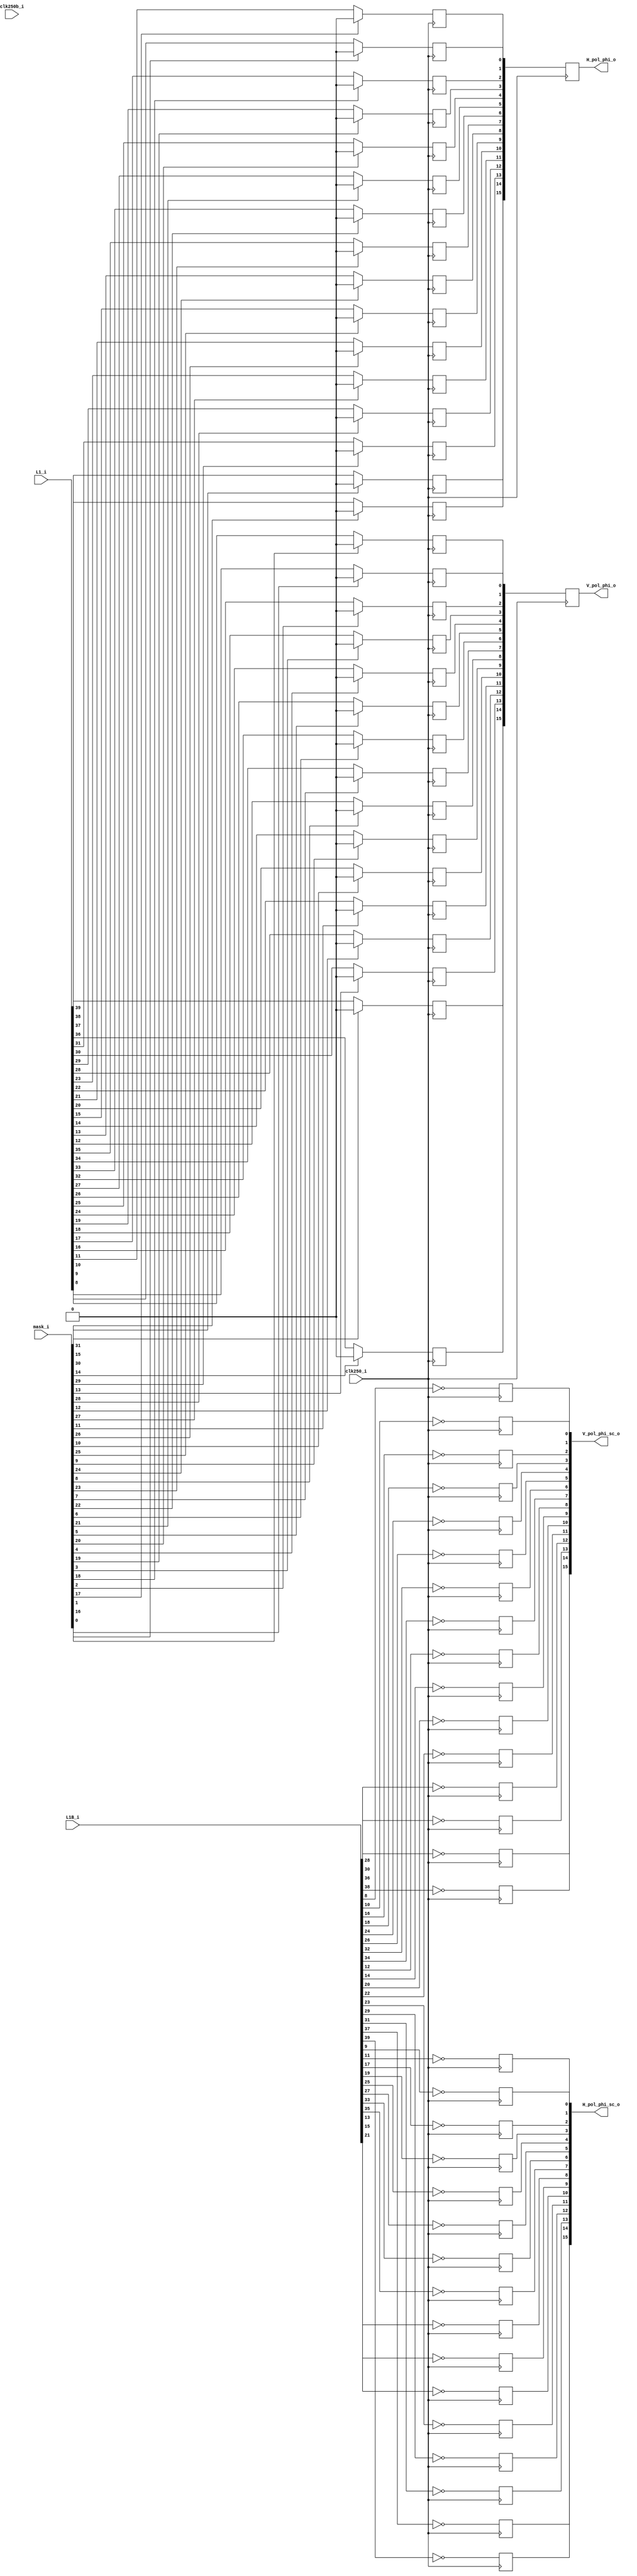
`timescale 1ns / 1ps
////////////////////////////////////////////////////////////////////////////////
// This file is a part of the Antarctic Impulsive Transient Antenna (ANITA)
// project, a collaborative scientific effort between multiple institutions. For
// more information, contact Peter Gorham (gorham@phys.hawaii.edu).
//
// All rights reserved.
//
// Author:
// Author:
////////////////////////////////////////////////////////////////////////////////
module ANITA3_simple_trigger_map(
		clk250_i,
		clk250b_i,
		L1_i,
      L1B_i,
		mask_i,
		V_pol_phi_o,
      V_pol_phi_sc_o,
		H_pol_phi_o,
      H_pol_phi_sc_o
    );

	parameter NUM_SURFS = 12;
	parameter NUM_TRIG = 4;
	parameter NUM_PHI = 16;
	input clk250_i;
	input clk250b_i;
	input [NUM_SURFS*NUM_TRIG-1:0] L1_i;
   input [NUM_SURFS*NUM_TRIG-1:0] L1B_i;
	input [2*NUM_PHI-1:0] mask_i;
	
   output [NUM_PHI-1:0] V_pol_phi_o;
   output [NUM_PHI-1:0] V_pol_phi_sc_o;
   
	output [NUM_PHI-1:0] H_pol_phi_o;
   output [NUM_PHI-1:0] H_pol_phi_sc_o;
   
	wire [NUM_PHI-1:0] V_pol_phi_in;
   wire [NUM_PHI-1:0] V_pol_phi_sc;
	wire [NUM_PHI-1:0] H_pol_phi_in;
   wire [NUM_PHI-1:0] H_pol_phi_sc;
	
	// Remap to SURFs.
	wire [NUM_TRIG-1:0] SURF_L1[NUM_SURFS-1:0];
   wire [NUM_TRIG-1:0] SURF_L1B[NUM_SURFS-1:0];
	generate
		genvar s;
		for (s=0;s<NUM_SURFS;s=s+1) begin : SL
			assign SURF_L1[s] = L1_i[4*s +: 4];
         assign SURF_L1B[s] = L1B_i[4*s +: 4];
		end
	endgenerate
		      
	wire [NUM_PHI-1:0] V_pol_mask = mask_i[0 +: NUM_PHI];
	wire [NUM_PHI-1:0] H_pol_mask = mask_i[NUM_PHI +: NUM_PHI];
	
	(* IOB = "TRUE" *)
	reg [NUM_PHI-1:0] V_pol_phi_reg = {NUM_PHI{1'b0}};
	(* IOB = "TRUE" *)
	reg [NUM_PHI-1:0] H_pol_phi_reg = {NUM_PHI{1'b0}};

   (* IOB = "TRUE" *)
   reg [NUM_PHI-1:0] V_pol_phi_scal_reg = {NUM_PHI{1'b0}};
   (* IOB = "TRUE" *)
   reg [NUM_PHI-1:0] H_pol_phi_scal_reg = {NUM_PHI{1'b0}};
	
	reg [NUM_PHI-1:0] V_pol_phi_pipe = {NUM_PHI{1'b0}};
	reg [NUM_PHI-1:0] H_pol_phi_pipe = {NUM_PHI{1'b0}};

   function [4:0] phi_map;
      input integer surf;
      input integer num;
      begin
         surf = surf + 1;         
         // This default will throw an error if you use this function wrong.
         phi_map = 17;
         if (surf == 3) begin
            if (num == 0) phi_map = 1; //1;
            if (num == 1) phi_map = 2; //5;
         end else
         if (surf == 4) begin
            if (num == 0) phi_map = 9; //3;
            if (num == 1) phi_map = 10;//7;
         end else
         if (surf == 5) begin
            if (num == 0) phi_map = 3; //2;
            if (num == 1) phi_map = 4; //6;
         end else
         if (surf == 6) begin
            if (num == 0) phi_map = 11;//4;
            if (num == 1) phi_map = 12;//8;
         end else
         if (surf == 7) begin
            if (num == 0) phi_map = 5; //16;
            if (num == 1) phi_map = 6; //12;
         end else
         if (surf == 8) begin
            if (num == 0) phi_map = 13;//14;
            if (num == 1) phi_map = 14;//10;
         end else 
         if (surf == 9) begin
            if (num == 0) phi_map = 7; //15;
            if (num == 1) phi_map = 8; //11;
         end else
         if (surf == 10) begin
            if (num == 0) phi_map = 15;//13;
            if (num == 1) phi_map = 16;//9;
         end
         phi_map = phi_map - 1;
      end
   endfunction
   
   localparam TRIGGER_SURF_START = 2;
   localparam TRIGGER_SURF_END = 9;

   generate
      genvar i;
		genvar j;
      for (i=TRIGGER_SURF_START;i<=TRIGGER_SURF_END;i=i+1) begin : MAP
         assign V_pol_phi_in[phi_map(i,0)] = SURF_L1[i][0];
         assign V_pol_phi_sc[phi_map(i,0)] = SURF_L1B[i][0];
         assign V_pol_phi_in[phi_map(i,1)] = SURF_L1[i][2];
         assign V_pol_phi_sc[phi_map(i,1)] = SURF_L1B[i][2];
         // These --technically-- do entirely nothing right now.
         assign H_pol_phi_in[phi_map(i,0)] = SURF_L1[i][1];
         assign H_pol_phi_sc[phi_map(i,0)] = SURF_L1B[i][1];
         assign H_pol_phi_in[phi_map(i,1)] = SURF_L1[i][3];
         assign H_pol_phi_sc[phi_map(i,1)] = SURF_L1B[i][3];
      end
		for (j=0;j<NUM_PHI;j=j+1) begin : PHI
			always @(posedge clk250_i) begin : IFF
            V_pol_phi_scal_reg[j] <= ~V_pol_phi_sc[j];
            H_pol_phi_scal_reg[j] <= ~H_pol_phi_sc[j];
            
				if (V_pol_mask[j]) V_pol_phi_reg[j] <= 0;
				else V_pol_phi_reg[j] <= V_pol_phi_in[j];
					
				if (H_pol_mask[j]) H_pol_phi_reg[j] <= 0;
				else H_pol_phi_reg[j] <= H_pol_phi_in[j];
				
				V_pol_phi_pipe <= V_pol_phi_reg;
				H_pol_phi_pipe <= H_pol_phi_reg;
			end
		end
	endgenerate

	assign V_pol_phi_o = V_pol_phi_pipe;
   assign V_pol_phi_sc_o = V_pol_phi_scal_reg;
   
	assign H_pol_phi_o = H_pol_phi_pipe;
	assign H_pol_phi_sc_o = H_pol_phi_scal_reg;
endmodule